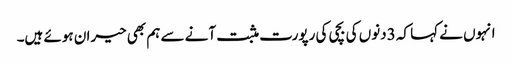
انہوں نے کہا کہ 3دنوں کی بچی کی رپورت مثبت آنے سے ہم بھی حیران ہوئے ہیں۔